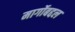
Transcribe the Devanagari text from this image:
मार्गोबद्दल